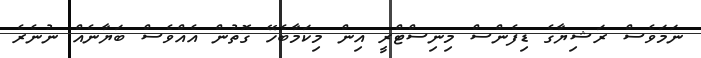
ނަމަވެސް ރަޝިޔާގެ ޑިފެންސް މިނިސްޓްރީ އިން މިކަމާބެހޭ ގޮތުން އެއްވެސް ބަޔާނެއް ނުނެރެ